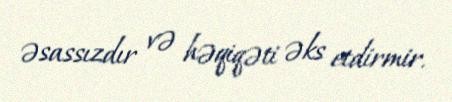
əsassızdır və həqiqəti əks etdirmir.